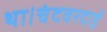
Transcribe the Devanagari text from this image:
था।चंदवरदाई